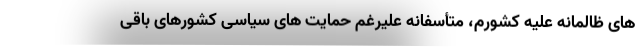
های ظالمانه علیه کشورم، متأسفانه علیرغم حمایت های سیاسی کشورهای باقی